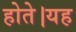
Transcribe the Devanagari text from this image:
होते।यह